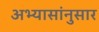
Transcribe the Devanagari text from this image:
अभ्यासांनुसार